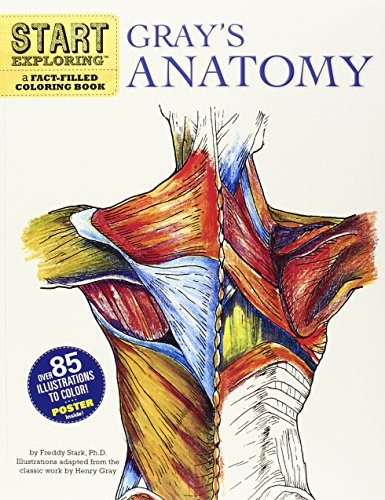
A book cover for Start Exploring: Gray's Anatomy: A Fact-Filled Coloring Book; Freddy Stark; Medical Books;